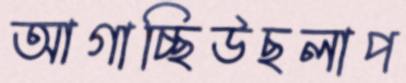
আগাচ্ছিউছলাপ